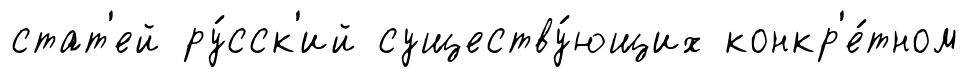
стат'ей ру́сск'ий существу́ющих конкр'е́тном